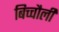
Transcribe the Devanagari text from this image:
बिच्चौली